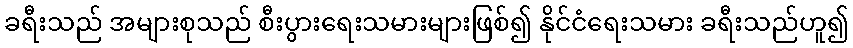
ခရီးသည် အများစုသည် စီးပွားရေးသမားများဖြစ်၍ နိုင်ငံရေးသမား ခရီးသည်ဟူ၍